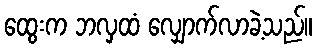
ထွေးက ဘလှထံ လျှောက်လာခဲ့သည်။